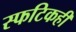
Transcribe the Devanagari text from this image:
स्फटिकही